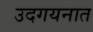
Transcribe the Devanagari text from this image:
उदगयनात